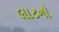
લાટનો